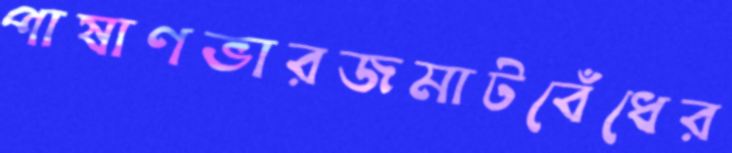
পাষাণভারজমাটবেঁধের